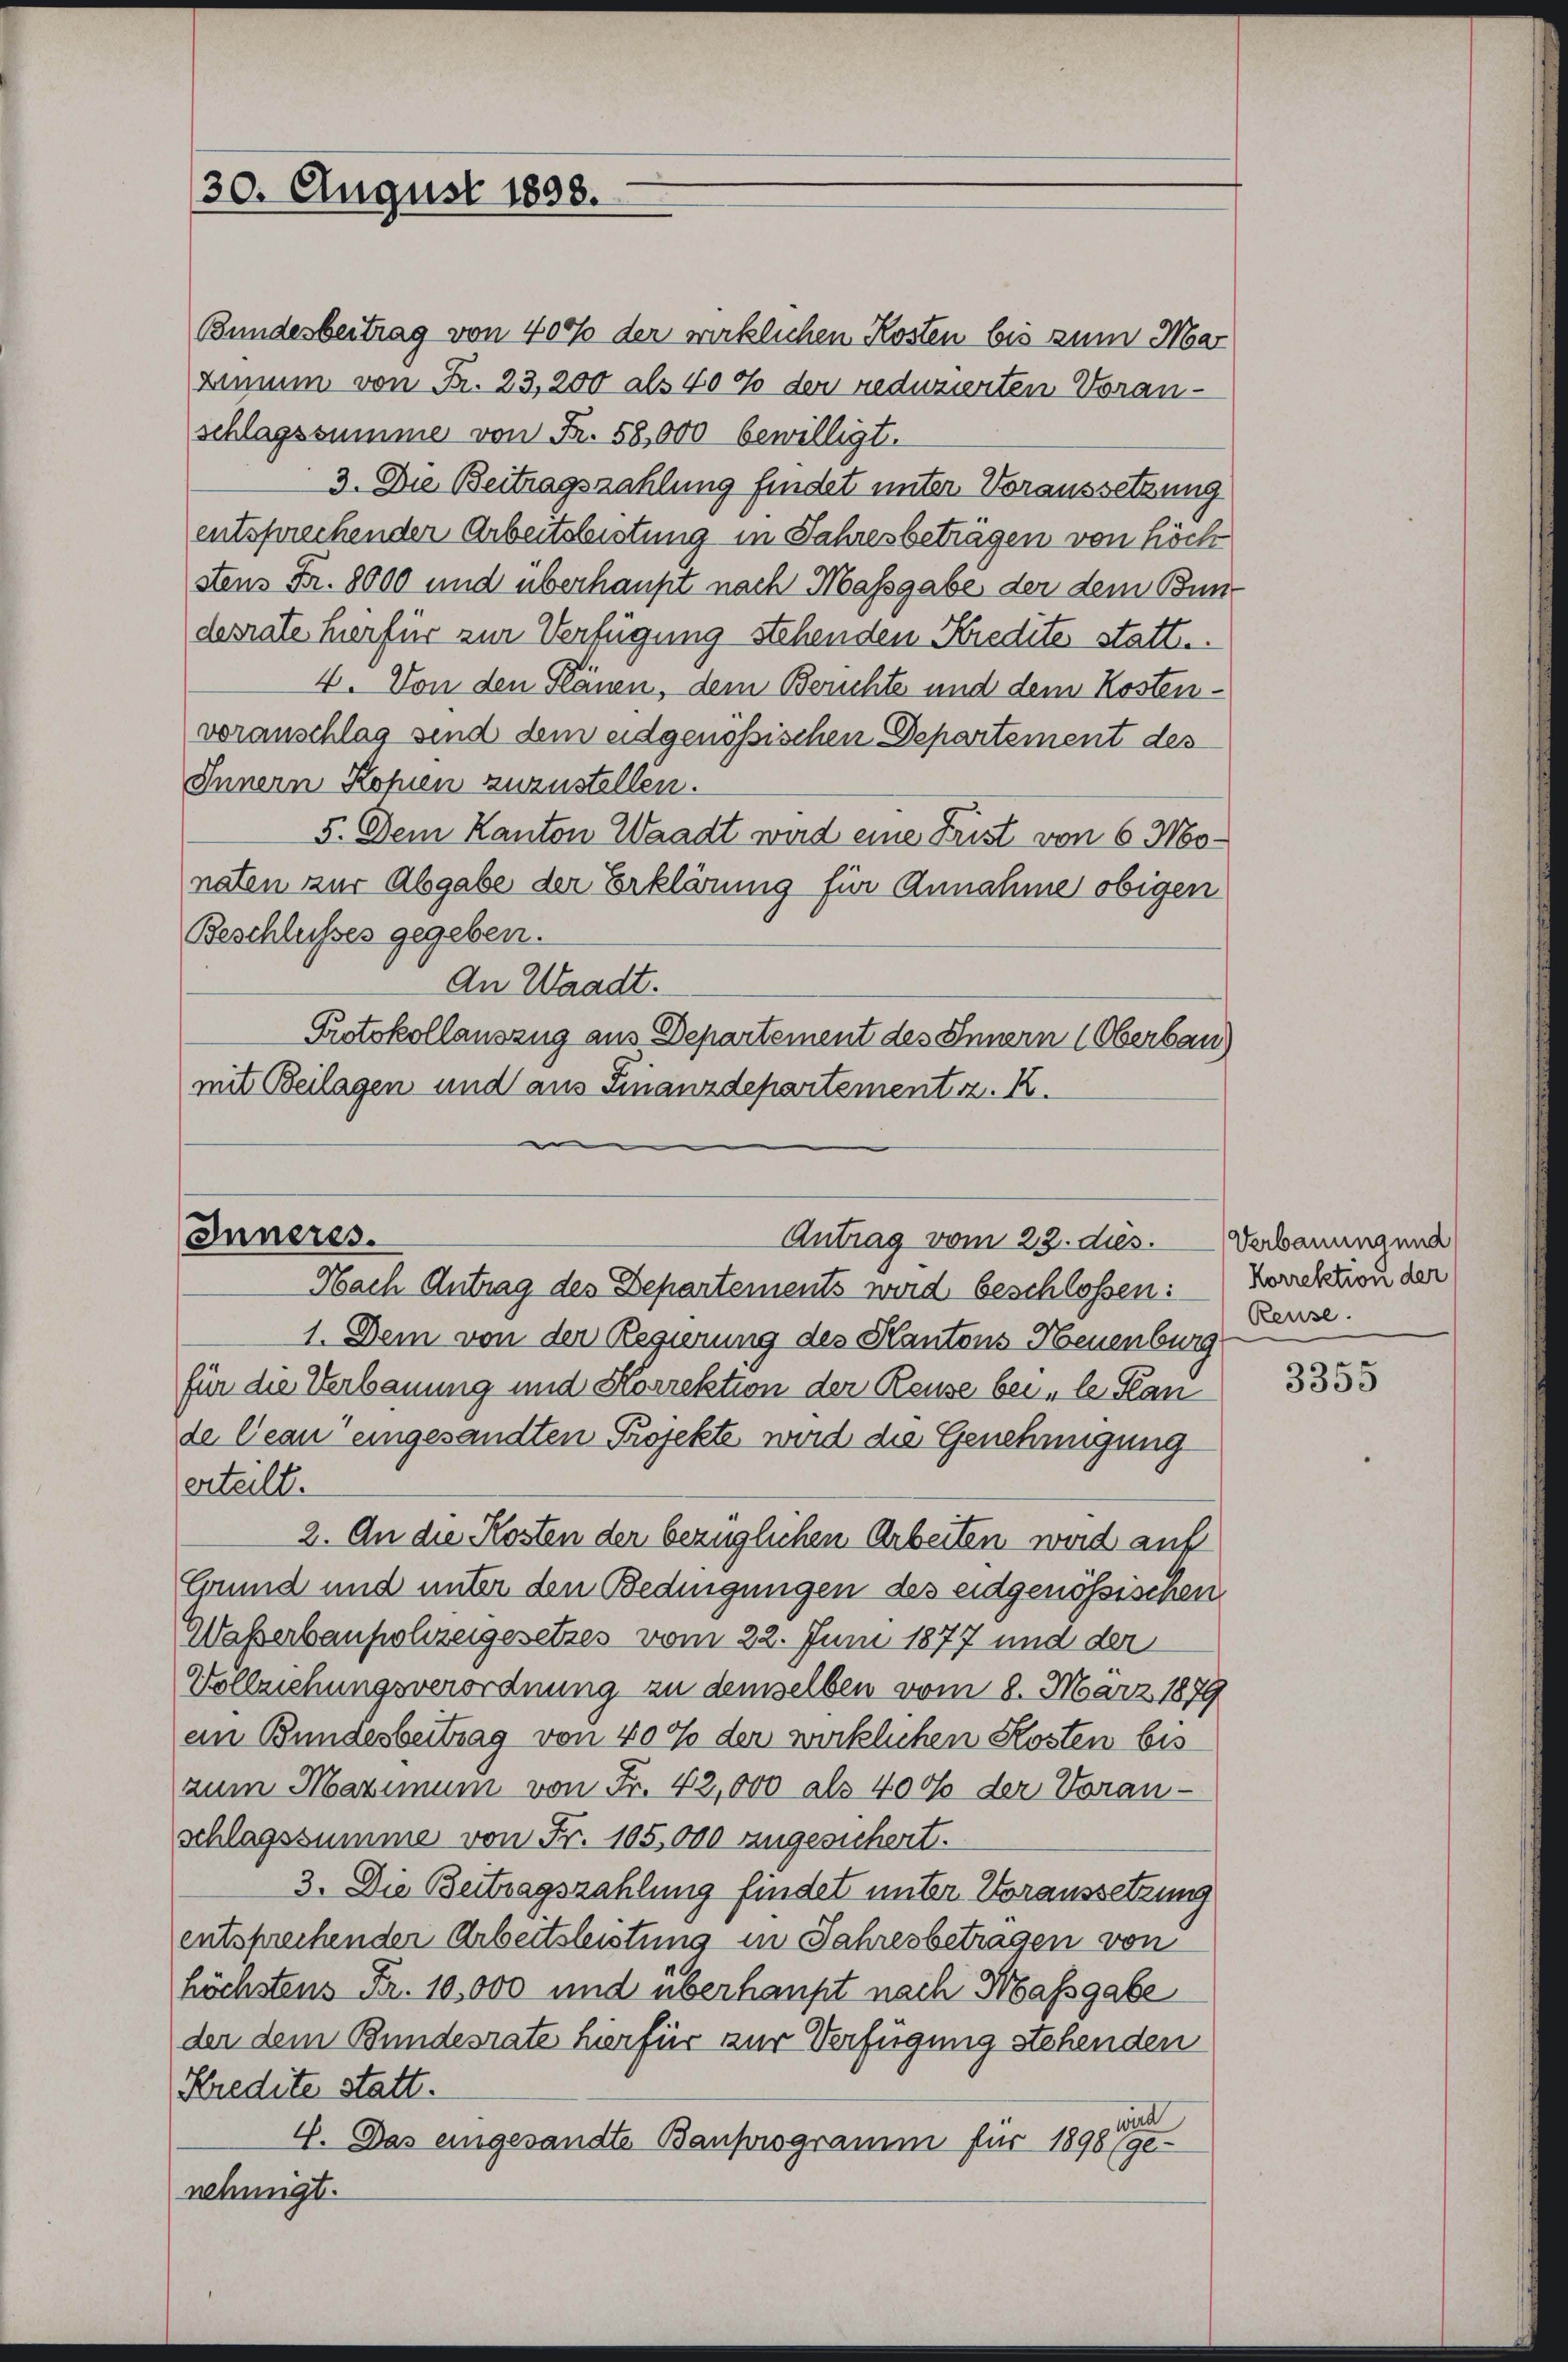
30. August 1898.

Bundesbeitrag von 400f der wirklichen Kosten bis zum Mar
Limum von Fr. 23, 200 als 40% der reduzierten Voranschlagssumme von Fr. 58,000 bewilligt.
3. Die Beitragszahlung findet unter Voraussetzung
entsprechender Arbeitsleistung in Jahresbetragen von höch
stens Fr. 8000 und überhaupt nach Massgabe, der dem Bun-
desrate hierfür zur Verfügung stehenden Kredite statte.
4. Von den Plänen, dem Berichte und dem Kostenvoranschlag sind dem eidgenössischen Departement des
Innern Kopien zuzustellen.
5. Dem Kanton Waadt wird eine Frist von 6 Monaten zur Abgabe der Erklärung für Annahme obigen
Beschlusses gegeben.
An Waadt.
Protokollauszug aus Departement des Innern (Oberbau)
mit Beilagen und aus Finanzdepartement. K.

Inneres.
Antrag vom 23. dies.
Nach Antrag des Departements wird beschlossen:

1. Dem von der Regierung des Kantons Neuenburg
für die Verbauung und Korrektion der Reuse bei „le Plan
de Ceau eingesandten Projekte, wird die Genehmigung
erteilt.
2. An die Kosten der bezüglichen Arbeiten wird auf
Grund und unter den Bedingungen des eidgenössischen
Waßerbaupolizeigesetzes vom 22. Juni 1877 und der
Vollziehungsverordnung zu demselben vom 8. März 1879
ein Bundesbeitrag von 40% der wirklichen Kosten bis
zum Maximum von Fr. 42,000 als 400 der Voran-
schlagssumme von Fr. 105,000 angesichert.
3. Die Beitragszahlung findet unter Voraussetzung
entsprechender Arbeitsleistung in Jahresbetragen von
höchstens Fr. 10,000 und überhaupt nach Massgabe
der dem Bundesrate hier für zur Verfügung stehenden
Kredite statt.
wird
4. Das eingesandte Bauprogramm für 1898 (ge-
nehmigt.

Verbauung und
Korrektion der
Reuse.

3355